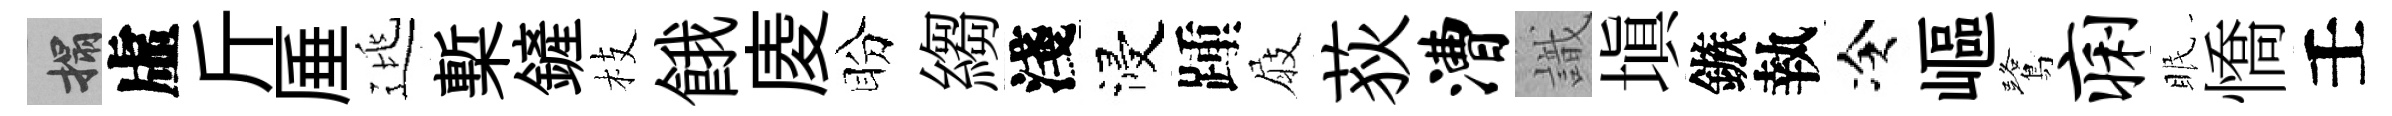
搨虛斤厜逃槧鏟枝餓庱盼縐淺浸踵屐荻漕識塡鏃執冷嶇鷺痢眠憍壬